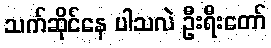
သက်ဆိုင်နေ ပါသလဲ ဦးရီးတော်